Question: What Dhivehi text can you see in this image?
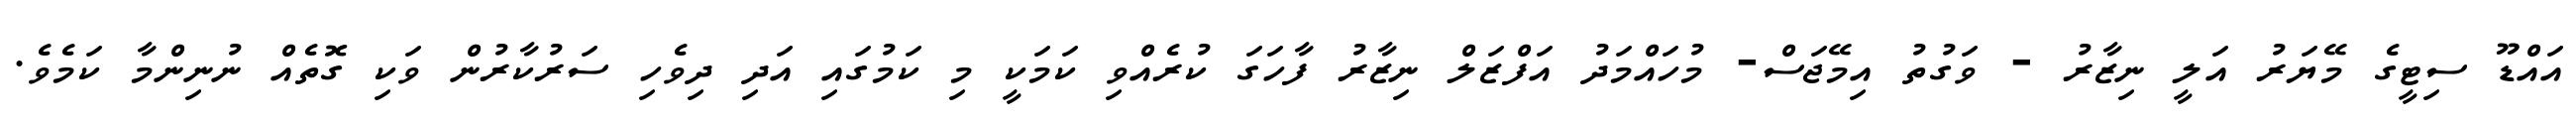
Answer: އައްޑޫ ސިޓީގެ މޭޔަރު އަލީ ނިޒާރު - ވަގުތު އިމޭޖަސް- މުހައްމަދު އަފްޒަލް ނިޒާރު ފާހަގަ ކުރެއްވި ކަމަކީ މި ކަމުގައި އަދި ދިވެހި ސަރުކާރުން ވަކި ގޮތެއް ނުނިންމާ ކަމެވެ.